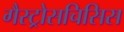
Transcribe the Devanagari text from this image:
गैस्ट्रोसचिसिस